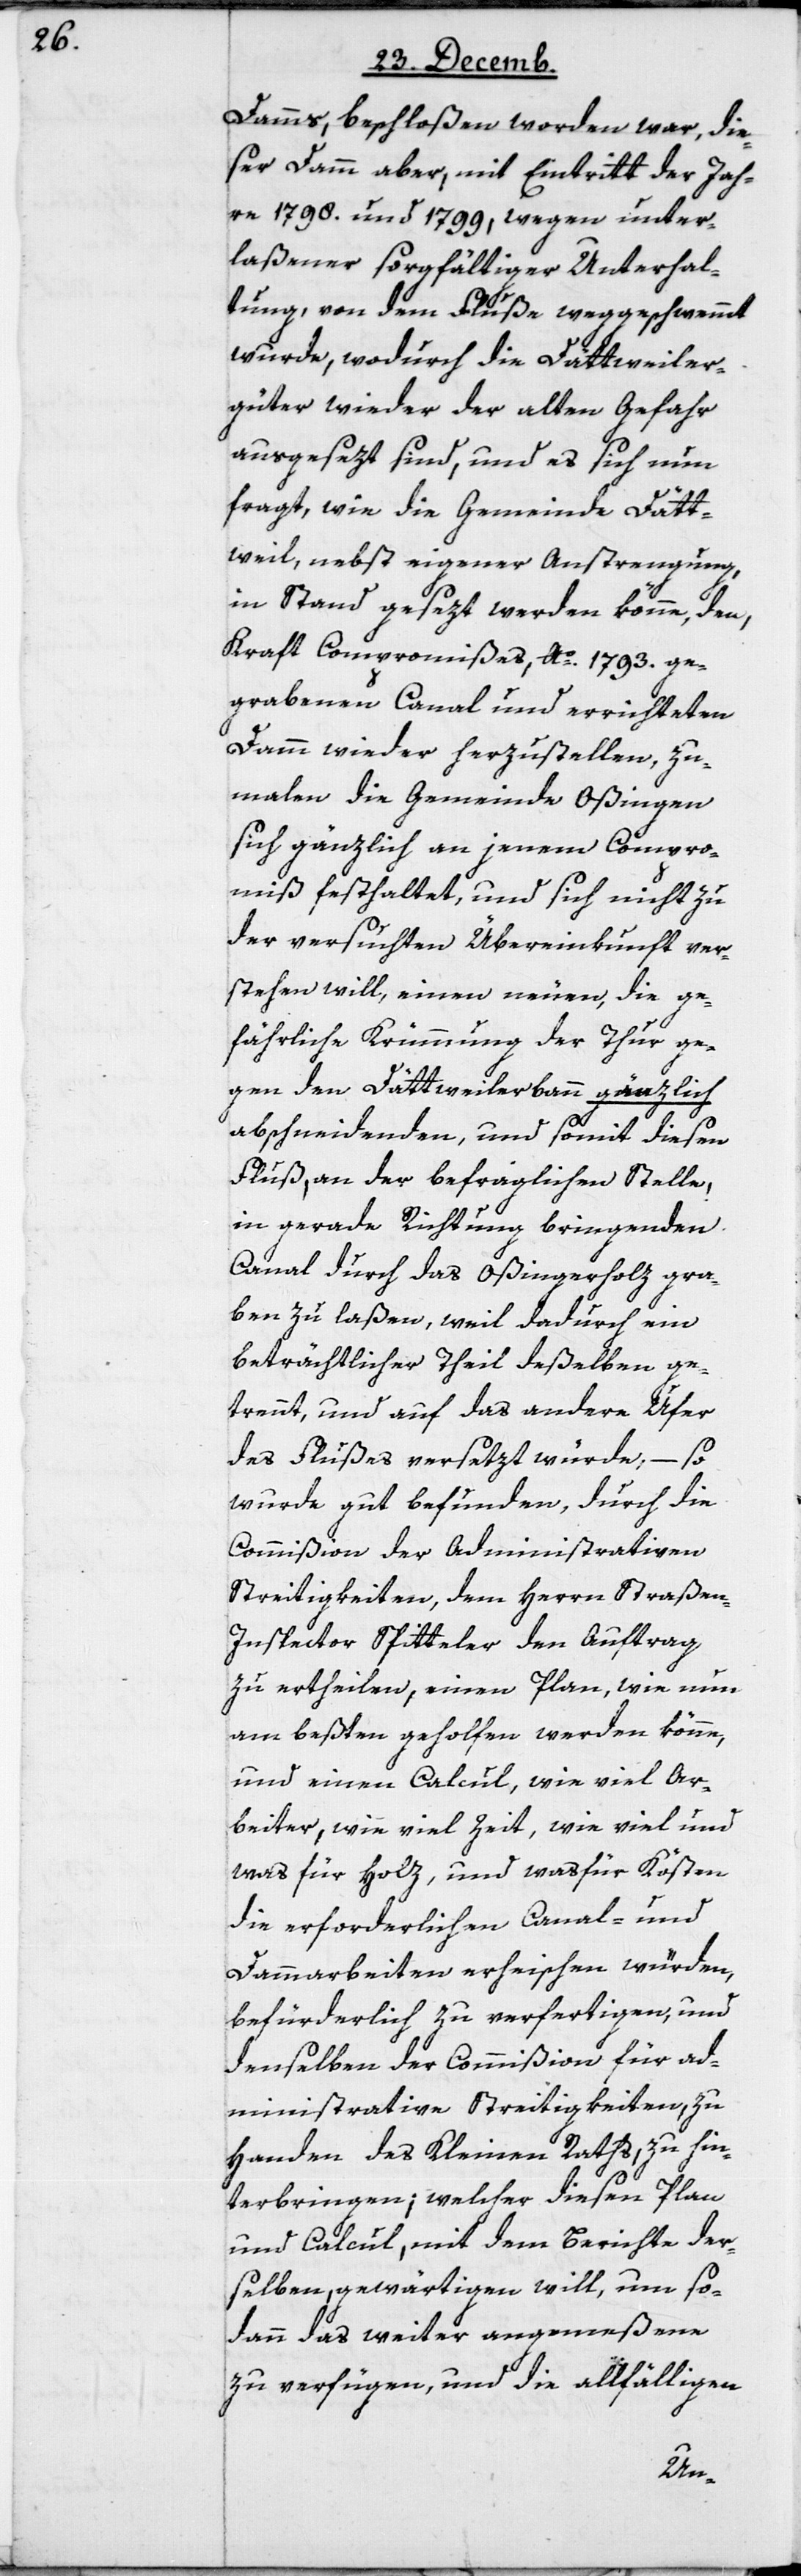
Damms, beschloßen worden war, die¬
ser Damm aber, mit Eintritt der Jah¬
re 1798. und 1799, wegen unter¬
laßener sorgfältiger Unterhal¬
tung, von dem Fluße weggeschwemmt
wurde, wodurch die Dättweiler¬
güter wieder der alten Gefahr
ausgesezt sind, und es sich nun
fragt, wie die Gemeinde Dätt¬
weil, nebst eigener Anstrengung
in Stand gesezt werden könne, den,
Kraft Compromißes, Ao. 1793. ge¬
grabenen Canal und errichteten
Damm wieder herzustellen, zu¬
malen die Gemeinde Oßingen
sich gänzlich an jenem Compro¬
miß festhaltet, und sich nicht zu
der versuchten Übereinkunft ver¬
stehen will, einen neuen, die ge¬
fährliche Krümmung der Thur ge¬
gen den Dättweilerbann gänzlich
abschneidenden, und somit diesen
Fluß, an der befraglichen Stelle,
in gerade Richtung bringenden
Canal durch das Oßingerholz gra¬
ben zu laßen, weil dadurch ein
beträchtlicher Theil deßelben ge¬
trennt, und auf das andere Ufer
des Flußes versetzt würde, – so
wurde gut befunden, durch die
Commißion der Administrativen
Streitigkeiten, dem Herrn Straßen-I¬
nspector Spitteler den Auftrag
zu ertheilen, einen Plan, wie nun
am besten geholfen werden könne,
und einen Calcul, wie viel Ar¬
beiter, wie viel Zeit, wie viel und
was für Holz, und wasfür Kösten
die erforderlichen Canal- und
Dammarbeiten erheischen würden,
befürderlich zu verfertigen, und
denselben der Commißion für ad¬
ministrative Streitigkeiten, zu
Handen des Kleinen Raths zu hin¬
terbringen, welcher diesen Plan
und Calcul, mit dem Berichte der¬
selben gewärtigen will, um so¬
dann das weiter angemeßene
zu verfügen, und die allfälligen